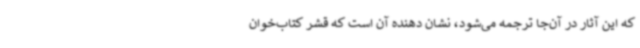
که این آثار در آن‌جا ترجمه می‌شود، نشان دهنده آن است که قشر کتاب‌خوان